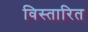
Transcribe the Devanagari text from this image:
विस्तारित